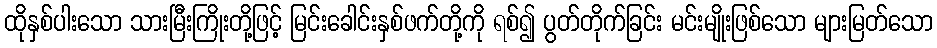
ထိုနှစ်ပါးသော သားမြီးကြိုးတို့ဖြင့် မြင်းခေါင်းနှစ်ဖက်တို့ကို ရစ်၍ ပွတ်တိုက်ခြင်း မင်းမျိုးဖြစ်သော များမြတ်သော